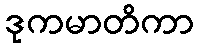
ဒုကမာတိကာ